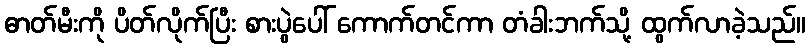
ဓာတ်မီးကို ပိတ်လိုက်ပြီး စားပွဲပေါ် ကောက်တင်ကာ တံခါးဘက်သို့ ထွက်လာခဲ့သည်။